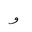
Letter: _waw